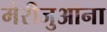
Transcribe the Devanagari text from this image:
मैरीजुआना